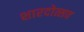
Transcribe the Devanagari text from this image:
शारदोत्सव